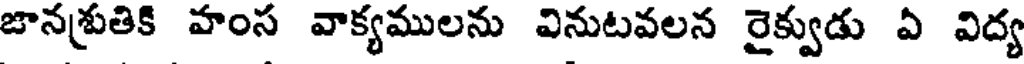
జానశ్రుతికి హంస వాక్యములను వినుటవలన రైక్వుడు ఏ విద్య